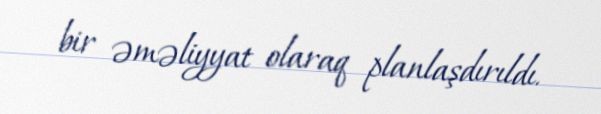
bir əməliyyat olaraq planlaşdırıldı.